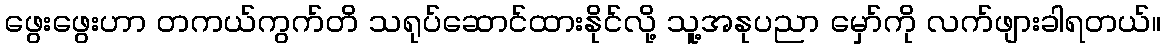
ဖွေးဖွေးဟာ တကယ်ကွက်တိ သရုပ်ဆောင်ထားနိုင်လို့ သူ့အနုပညာ မှော်ကို လက်ဖျားခါရတယ်။